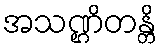
အသဏ္ဌိတန္တိ